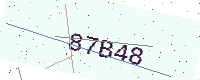
Text: 87B48